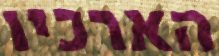
הארכיו